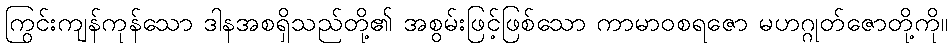
ကြွင်းကျန်ကုန်သော ဒါနအစရှိသည်တို့၏ အစွမ်းဖြင့်ဖြစ်သော ကာမာဝစရဇော မဟဂ္ဂုတ်ဇောတို့ကို။